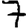
Digit: 7